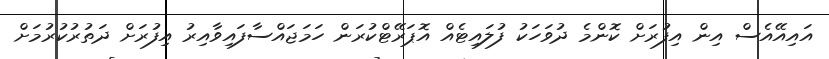
އައިއޭއެސް އިން އިފުރަށް ކޮންމެ ދުވަހަކު ފުލައިޓެއް އޮޕަރޭޓްކުރަން ހަމަޖައްސާފައިވާއިރު އިފުރަށް ދަތުރުކުރުމަށް